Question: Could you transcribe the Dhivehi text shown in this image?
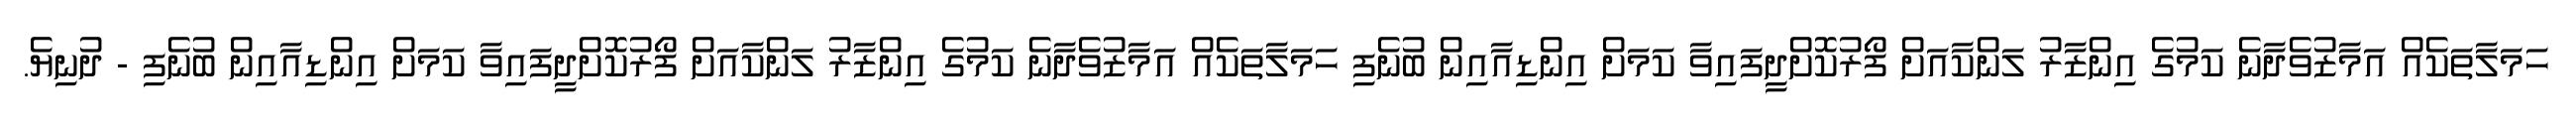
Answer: ހަމަލާތަކެއް އަމާޒުވެދާނެ ކަމުގެ އިންޒާރު ލަންކާއަށް ފޯރުކޮށްދީފައިވާ ކަމަށް އިންޑިއާއިން ބުނެފި ހަމަލާތަކެއް އަމާޒުވެދާނެ ކަމުގެ އިންޒާރު ލަންކާއަށް ފޯރުކޮށްދީފައިވާ ކަމަށް އިންޑިއާއިން ބުނެފި - ދުނިޔެ.